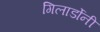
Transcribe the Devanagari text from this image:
गिलार्डोनी